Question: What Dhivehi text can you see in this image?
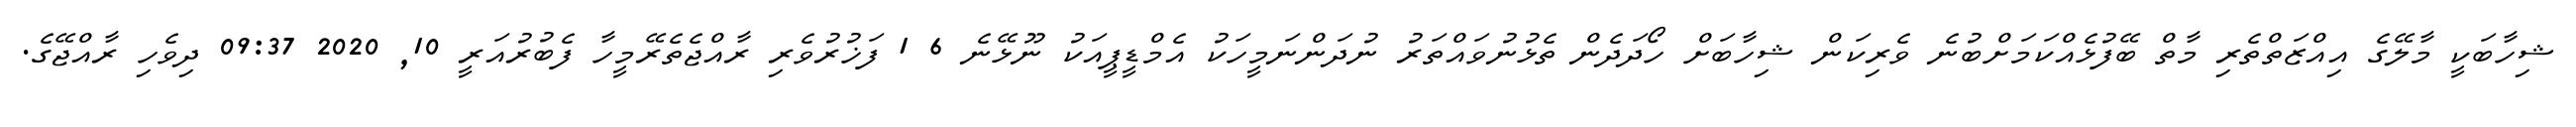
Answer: ޝިހާބަކީ މާލޭގެ އިއްޒަތްތެރި މާތް ބޭފުޅެއްކަމަށްބުނެ ވެރިކަން ޝިހާބަށް ހޯދަދެން ތެޅުނުވައްތަރު ނުދަންނަމީހަކު އެމްޑީޕީއަކު ނޫޅޭނެ 6 1 ފަޚުރުވެރި ރާއްޖެތެރޭމީހާ ފެބުރުއަރީ 10, 2020 09:37 ދިވެހި ރާއްޖޭގެ.